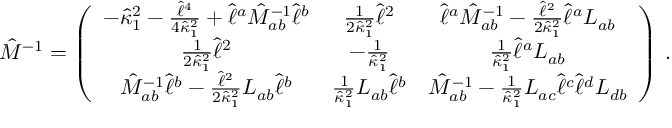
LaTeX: { \hat { \cal M } } ^ { - 1 } = \left( \begin{array} { c c c } { { - { { \hat { \kappa } } _ { 1 } } ^ { 2 } - { \frac { { \hat { \ell } } ^ { 4 } } { 4 { { \hat { \kappa } } _ { 1 } } ^ { 2 } } } + { \hat { \ell } } ^ { a } { \hat { M } } _ { a b } ^ { - 1 } { \hat { \ell } } ^ { b } } } & { { { \frac { 1 } { 2 { { \hat { \kappa } } _ { 1 } } ^ { 2 } } } { \hat { \ell } } ^ { 2 } } } & { { { \hat { \ell } } ^ { a } { \hat { M } } _ { a b } ^ { - 1 } - { \frac { { \hat { \ell } } ^ { 2 } } { 2 { { \hat { \kappa } } _ { 1 } } ^ { 2 } } } { \hat { \ell } } ^ { a } { L } _ { a b } } } \\ { { { \frac { 1 } { 2 { { \hat { \kappa } } _ { 1 } } ^ { 2 } } } { \hat { \ell } } ^ { 2 } } } & { { - { \frac { 1 } { { { \hat { \kappa } } _ { 1 } } ^ { 2 } } } } } & { { { \frac { 1 } { { { \hat { \kappa } } _ { 1 } } ^ { 2 } } } { \hat { \ell } } ^ { a } { L } _ { a b } } } \\ { { { \hat { M } } _ { a b } ^ { - 1 } { \hat { \ell } } ^ { b } - { \frac { { \hat { \ell } } ^ { 2 } } { 2 { { \hat { \kappa } } _ { 1 } } ^ { 2 } } } { L } _ { a b } { \hat { \ell } } ^ { b } } } & { { { \frac { 1 } { { \hat { \kappa } } _ { 1 } ^ { 2 } } } { L } _ { a b } { \hat { \ell } } ^ { b } } } & { { { \hat { M } } _ { a b } ^ { - 1 } - { \frac { 1 } { { { \hat { \kappa } } _ { 1 } } ^ { 2 } } } { L } _ { a c } { \hat { \ell } } ^ { c } { \hat { \ell } } ^ { d } { L } _ { d b } } } \end{array} \right) \, .